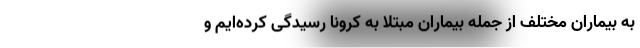
به بیماران مختلف از جمله بیماران مبتلا به کرونا رسیدگی کرده‌ایم و